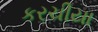
કરચીયા